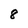
Character: 8